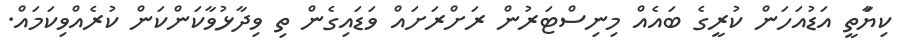
ކިޔާަތީ އަޑުއަހަން ކުރީގެ ބައެއް މިނިސްޓަރުން ރަށްރަށައް ވަޑައިގެން ތި ވިދާޅުވާކަންކަން ކުރެއްވިކަމައް.